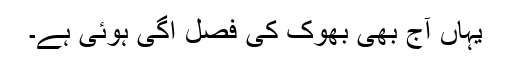
یہاں آج بھی بھوک کی فصل اُگی ہوئی ہے۔